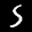
Label: 5